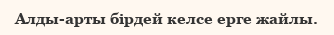
Алды-арты бірдей келсе ерге жайлы.